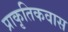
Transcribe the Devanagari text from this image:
प्राकृतिकवास